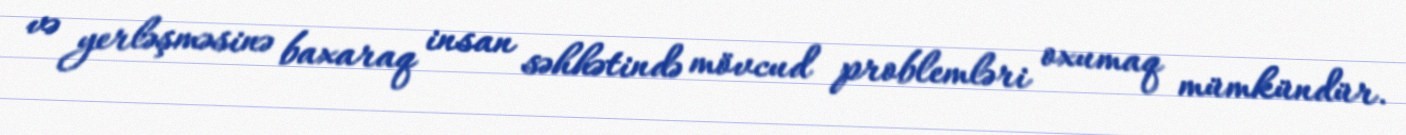
və yerləşməsinə baxaraq insan səhhətində mövcud problemləri oxumaq mümkündür.